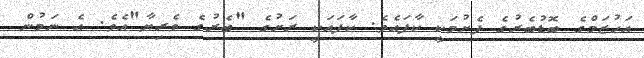
އަހުޒަމްގެ ބޮޑުބެރުގެ ފެށުމަކީ ކާފައެވެ. ކާފައަކީ ރަށުގެ "ބެރުގެ ވެރިޔާ"އެވެ. އެ ނަމުން